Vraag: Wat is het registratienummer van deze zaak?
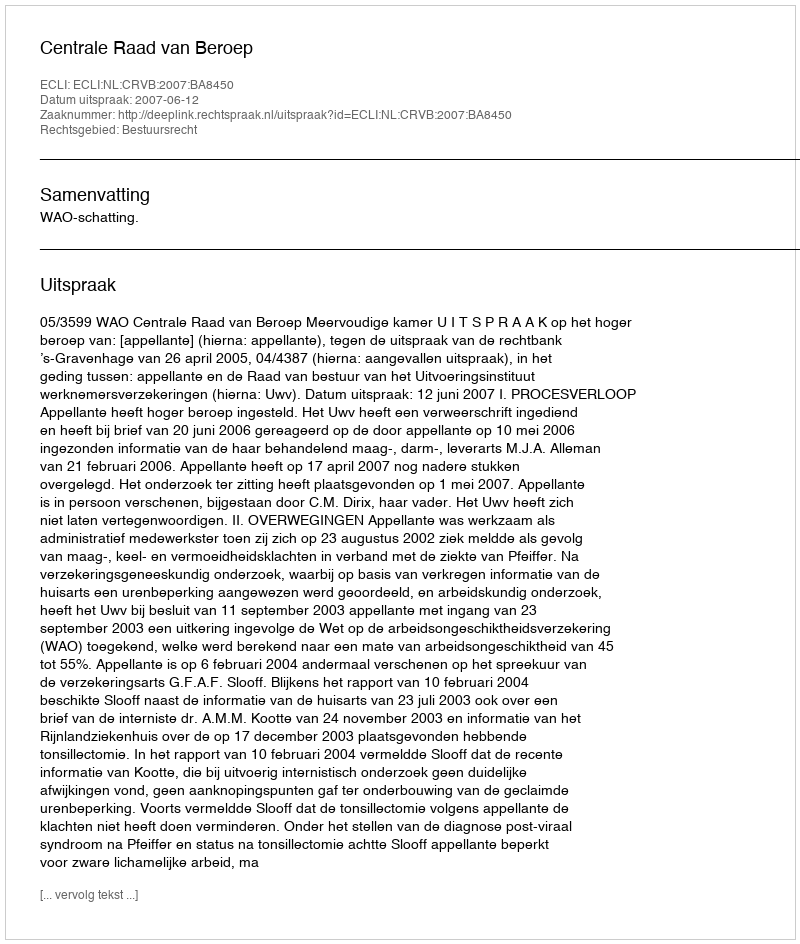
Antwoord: http://deeplink.rechtspraak.nl/uitspraak?id=ECLI:NL:CRVB:2007:BA8450